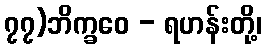
၇၇)ဘိက္ခဝေ - ရဟန်းတို့၊